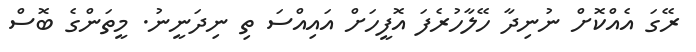
ރޭގަ އެއްކޮށް ނުނިދާ ހޭލާހުރެފަ އޮފީހަށް އައިއްސަ ތި ނިދަނީނު. މީތަންގެ ބޮސް